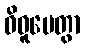
ဝိဓူပေတွာ